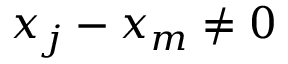
x _ { j } - x _ { m } \neq 0